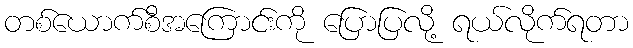
တစ်ယောက်စီအကြောင်းကို ပြောပြလို့ ရယ်လိုက်ရတာ